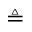
\triangleq